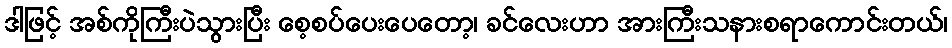
ဒါဖြင့် အစ်ကိုကြီးပဲသွားပြီး စေ့စပ်ပေးပေတော့၊ ခင်လေးဟာ အားကြီးသနားစရာကောင်းတယ်၊